Document type: Dowry acquittance
Year: 1427
Scribe: Pere Tarafa
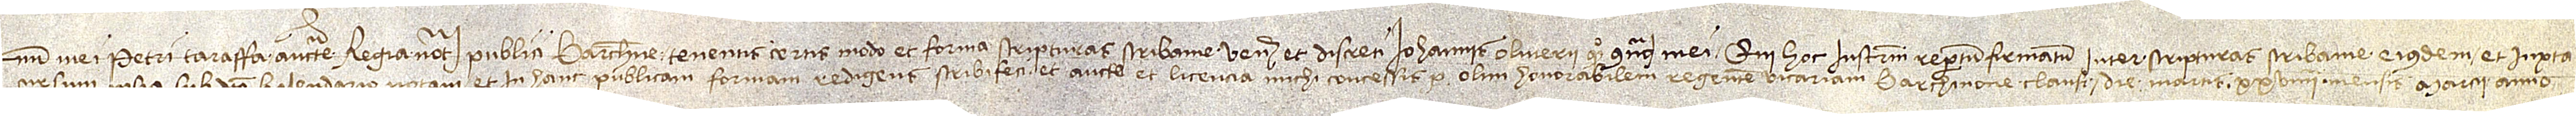
num mei Petri Taraffa, auctoritate regia notarii publici Barchinone, tenentis certis modo et forma scripturas scribanie venerabilis et discreti Iohannis Oliverii, quondam, connotarii mei, qui hoc instrumentum repertum firmatum inter scripturas scribanie eiusdem et iuxta